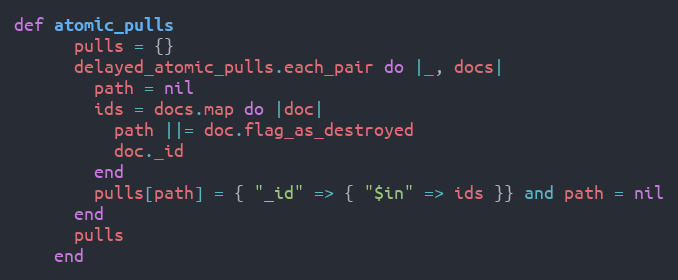
Language: Ruby
def atomic_pulls
      pulls = {}
      delayed_atomic_pulls.each_pair do |_, docs|
        path = nil
        ids = docs.map do |doc|
          path ||= doc.flag_as_destroyed
          doc._id
        end
        pulls[path] = { "_id" => { "$in" => ids }} and path = nil
      end
      pulls
    end